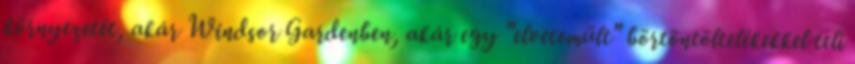
környezetét, akár Windsor Gardenben, akár egy "elvetemült" börtöntöltelékekkel teli